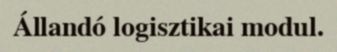
Állandó logisztikai modul.